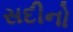
સદીનો